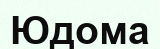
Юдома